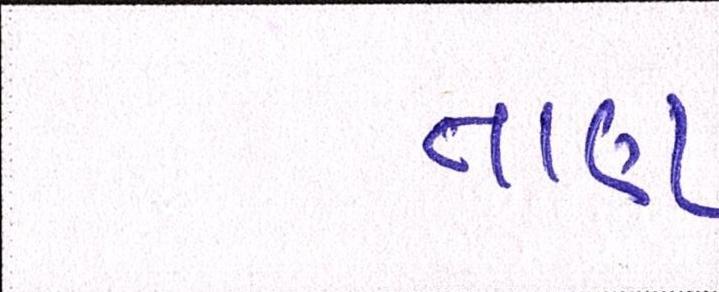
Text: તાણ